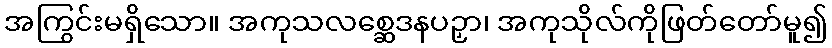
အကြွင်းမရှိသော။ အကုသလစ္ဆေဒနပဉှာ၊ အကုသိုလ်ကိုဖြတ်တော်မူ၍